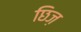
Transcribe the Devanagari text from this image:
छिज़